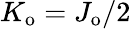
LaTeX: K_{\mathrm{o}}=J_{\mathrm{o}}/2